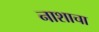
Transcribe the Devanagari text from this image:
नाशाचा